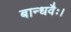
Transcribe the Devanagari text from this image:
बान्धवैः।